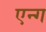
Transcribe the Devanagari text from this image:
एन्ग